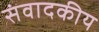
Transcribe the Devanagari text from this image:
संवादकीय